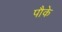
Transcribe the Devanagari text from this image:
पौके